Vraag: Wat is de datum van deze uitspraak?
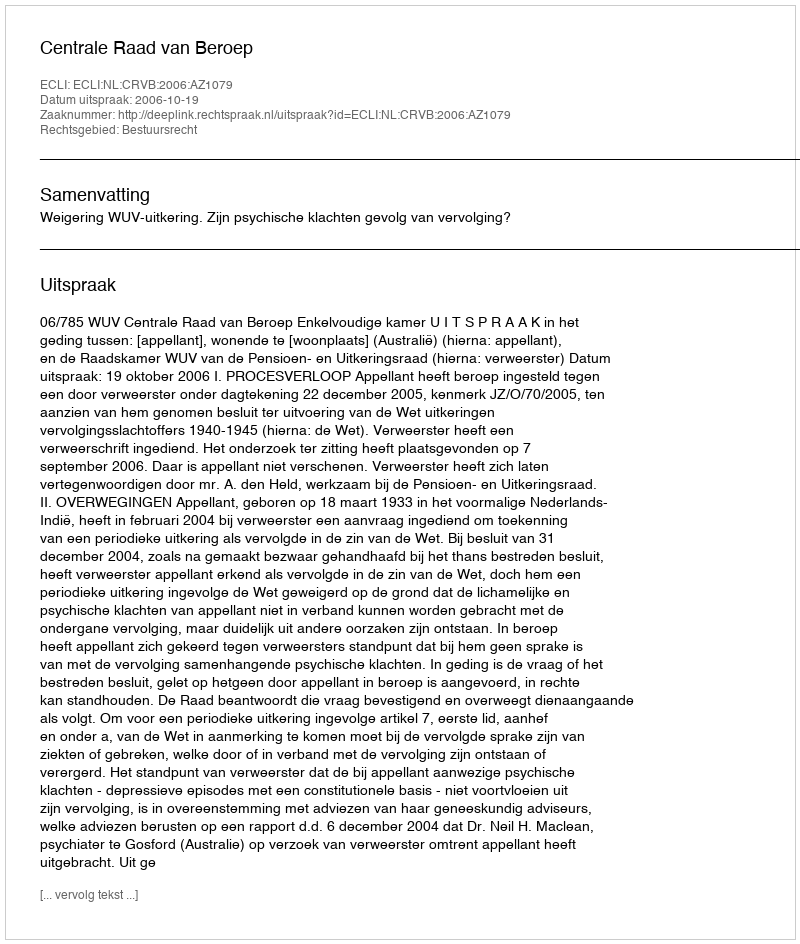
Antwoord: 2006-10-19